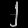
Digit: ၂